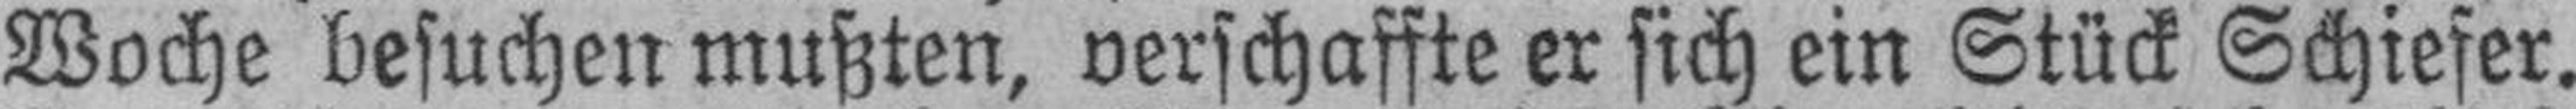
Woche besuchen mußten, verschaffte er sich ein Stück Schiefer.